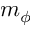
m _ { \phi }